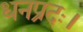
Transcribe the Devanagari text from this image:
धनप्रदः।